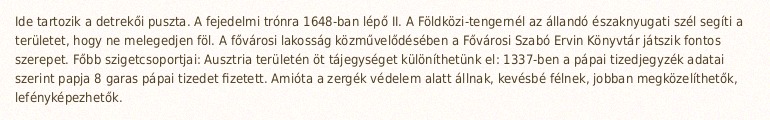
Ide tartozik a detrekői puszta. A fejedelmi trónra 1648-ban lépő II. A Földközi-tengernél az állandó északnyugati szél segíti a területet, hogy ne melegedjen föl. A fővárosi lakosság közművelődésében a Fővárosi Szabó Ervin Könyvtár játszik fontos szerepet. Főbb szigetcsoportjai: Ausztria területén öt tájegységet különíthetünk el: 1337-ben a pápai tizedjegyzék adatai szerint papja 8 garas pápai tizedet fizetett. Amióta a zergék védelem alatt állnak, kevésbé félnek, jobban megközelíthetők, lefényképezhetők.